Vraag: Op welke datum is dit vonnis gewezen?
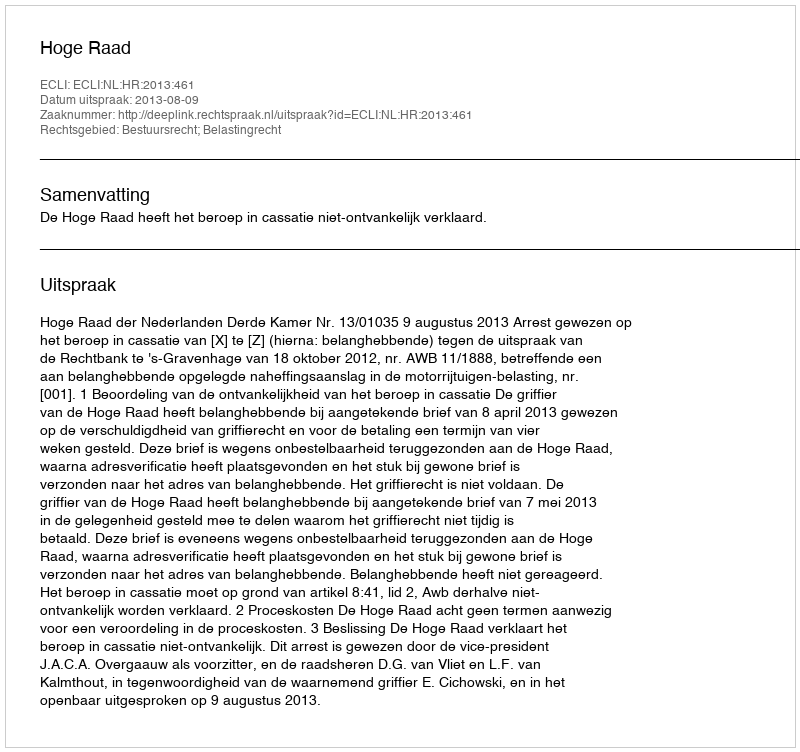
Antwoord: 2013-08-09